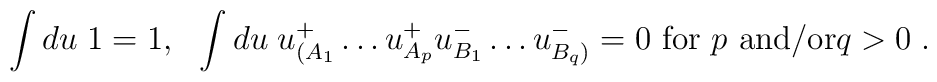
\int du\; 1 = 1, \ \ \int du\; u^+_{(A_1}\ldots u^+_{A_{p}}u^-_{B_1}\ldots u^-_{B_q)} = 0 \ \mbox{for $p$ and/or$q>0$}\; .